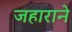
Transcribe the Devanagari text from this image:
जहाराने